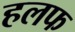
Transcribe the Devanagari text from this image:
हलफ